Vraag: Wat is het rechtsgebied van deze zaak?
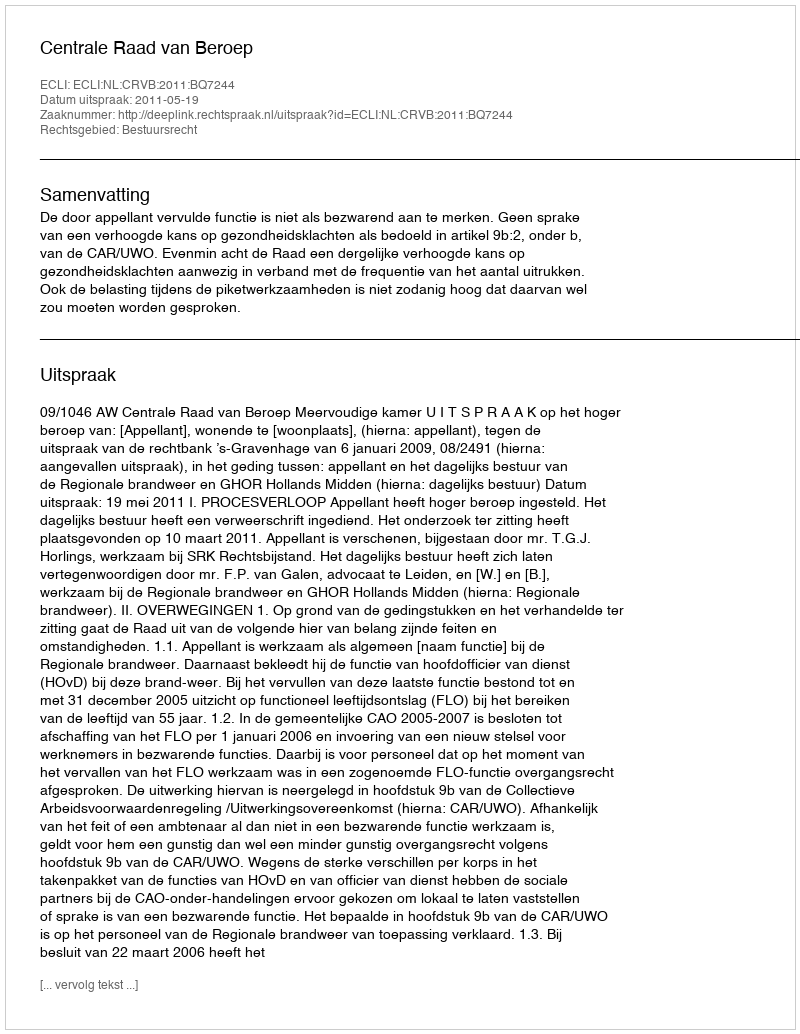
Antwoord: Bestuursrecht